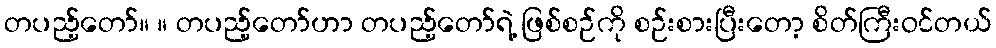
တပည့်တော်။ ။ တပည့်တော်ဟာ တပည့်တော်ရဲ့ ဖြစ်စဉ်ကို စဉ်းစားပြီးတော့ စိတ်ကြီးဝင်တယ်